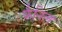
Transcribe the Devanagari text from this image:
फैनिल